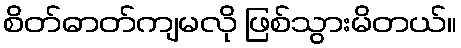
စိတ်ဓာတ်ကျမလို ဖြစ်သွားမိတယ်။